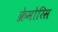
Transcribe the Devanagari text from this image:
क्रेमोरिस